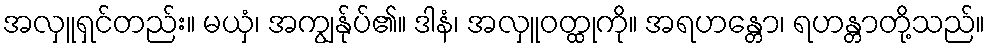
အလှူရှင်တည်း။ မယှံ၊ အကျွန်ုပ်၏။ ဒါနံ၊ အလှူဝတ္ထုကို။ အရဟန္တော၊ ရဟန္တာတို့သည်။